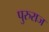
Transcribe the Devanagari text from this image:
पुरुराज